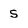
Character: s